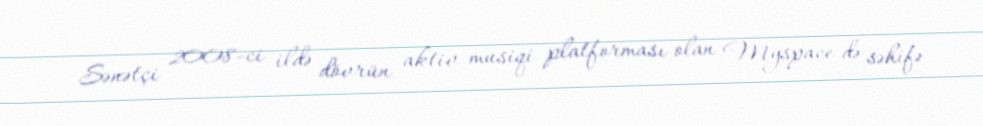
Sənətçi 2008-ci ildə dövrün aktiv musiqi platforması olan Myspace-də səhifə